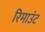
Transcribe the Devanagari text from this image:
रिमाउंट